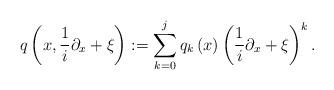
LaTeX: \begin{align*}q\left( x,\frac{1}{i}\partial_{x}+\xi\right) :=\sum_{k=0}^{j}q_{k}\left(x\right) \left( \frac{1}{i}\partial_{x}+\xi\right) ^{k}. \end{align*}